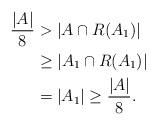
LaTeX: \begin{align*}\frac{|A|}{8}&>{|A\cap{R(A_1)}|}\\&\geq{|A_1\cap{R(A_1)}|}\\&={|A_1|}\geq{\frac{|A|}{8}}.\end{align*}